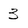
Character: 3